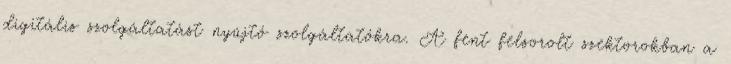
digitális szolgáltatást nyújtó szolgáltatókra. A fent felsorolt szektorokban a